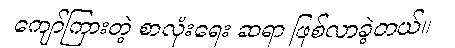
ကျော်ကြားတဲ့ စာလုံးရေး ဆရာ ဖြစ်လာခဲ့တယ်။